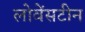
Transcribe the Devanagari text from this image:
लोवेंसटीन